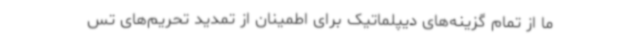
ما از تمام گزینه‌های دیپلماتیک برای اطمینان از تمدید تحریم‌های تس